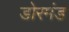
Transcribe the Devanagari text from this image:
डोरमंड